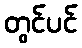
တွင်ပင်